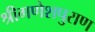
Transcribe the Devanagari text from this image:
श्रीगणेशपुराण